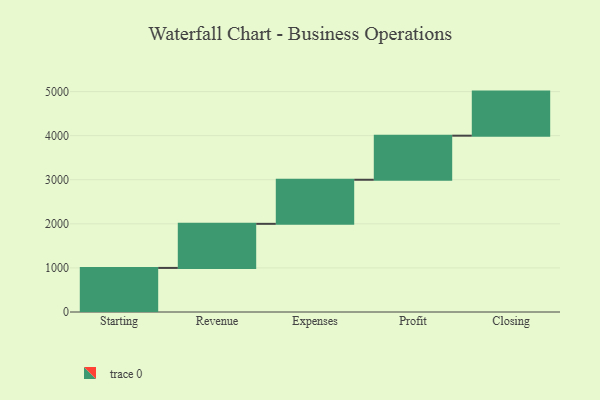
{"axis": {"x": "Step", "y": "Value"}, "legend": [""], "data": [{"x": "Starting", "y": 1000, "type": ""}, {"x": "Revenue", "y": 1000, "type": ""}, {"x": "Expenses", "y": 1000, "type": ""}, {"x": "Profit", "y": 1000, "type": ""}, {"x": "Closing", "y": 1000, "type": ""}]}